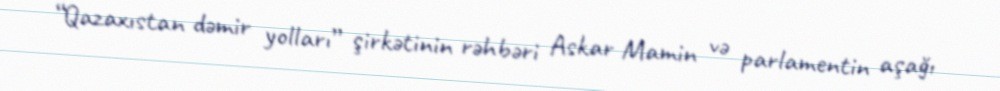
“Qazaxıstan dəmir yolları” şirkətinin rəhbəri Askar Mamin və parlamentin aşağı